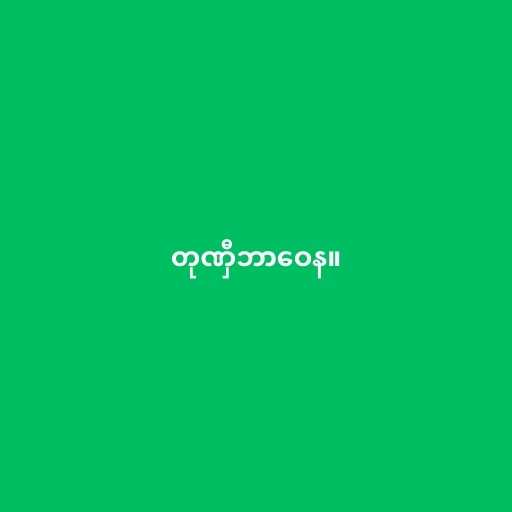
တုဏှီဘာဝေန။